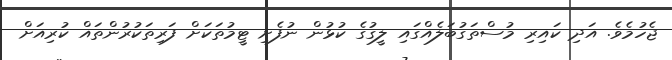
ޖެހުމެވެ. އަދި ކައިރި މުސްތަގުބަލެއްގައި ލީގުގެ ކުޅުން ނުފެށި ޓީމުތަކަށް ފަރިތަކުރުންތައް ކުރިއަށް